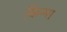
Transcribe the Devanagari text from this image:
किन्ग्स